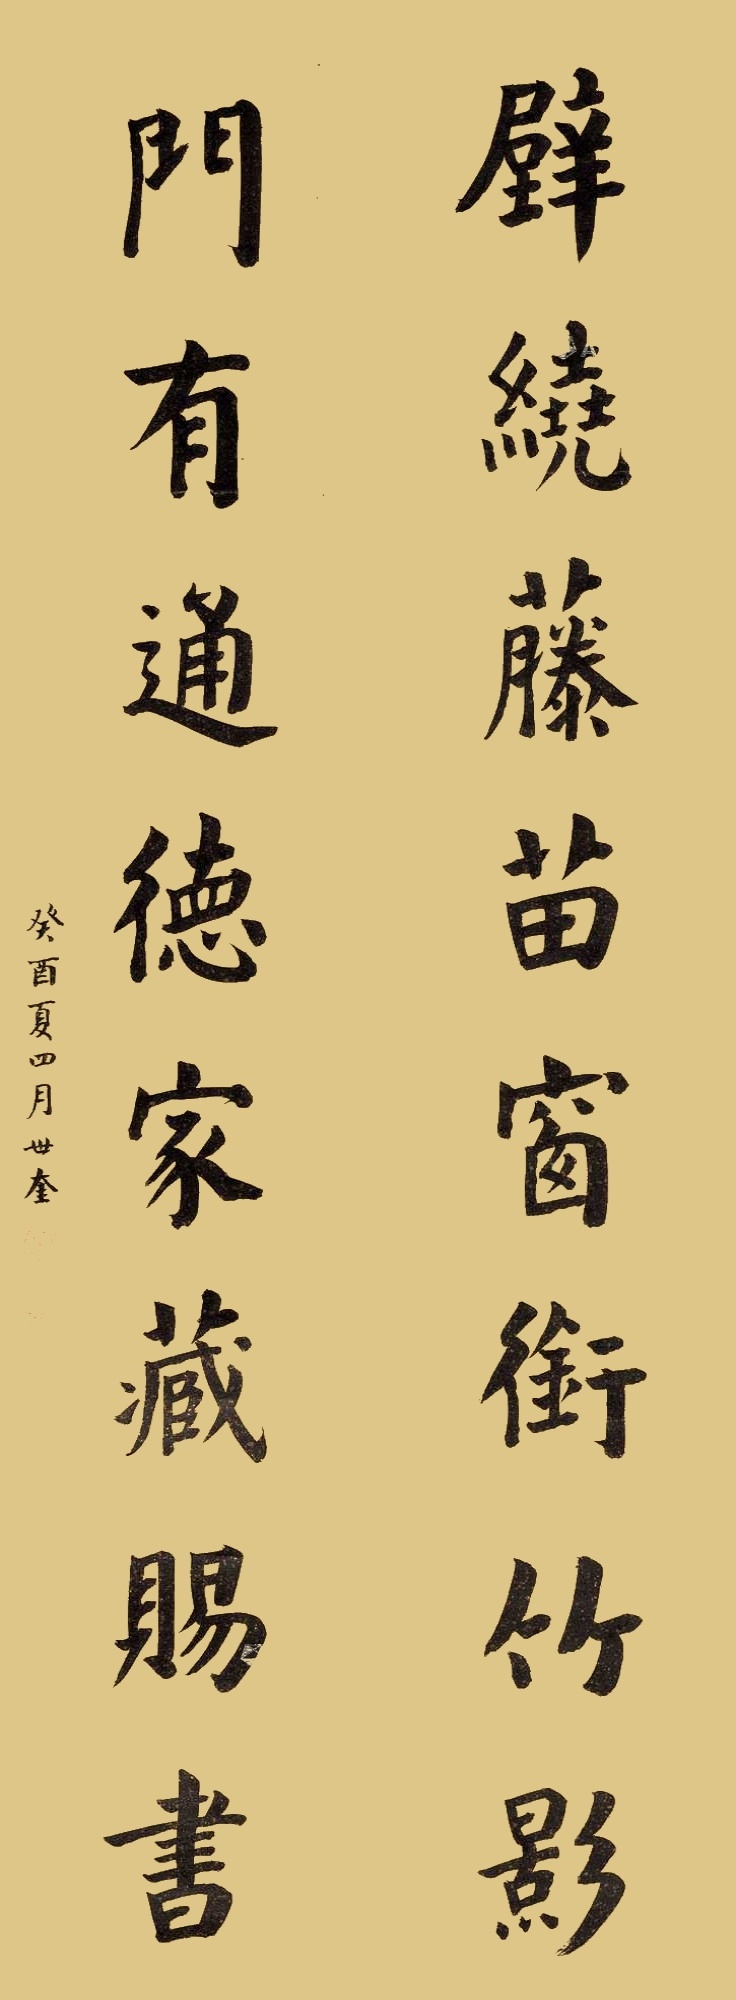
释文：壁绕藤苗窗衔竹影，门有通德家藏赐书。癸酉夏四月，世奎。